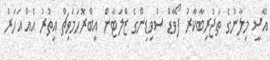
އޭސީ މިލާނުގެ ތަޖުރިބާކާރު ފޯވާޑް ސްވިޑިންގެ ޒްލަޓާން އިބްރޮހަމަވިޗް އިތުރު އެއް އަހަރު